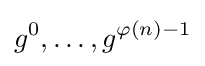
g^{0},\dots ,g^{\varphi (n)-1}